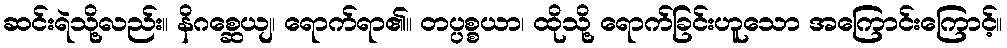
ဆင်းရဲသို့လည်း။ နိဂစ္ဆေယျ၊ ရောက်ရာ၏။ တပ္ပစ္စယာ၊ ထိုသို့ ရောက်ခြင်းဟူသော အကြောင်းကြောင့်။